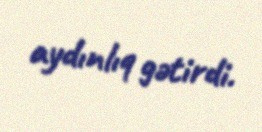
aydınlıq gətirdi.